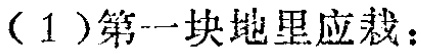
（1）第一块地里应栽：